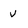
Character: v